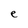
Character: e